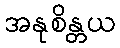
အနုစိန္တယ